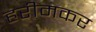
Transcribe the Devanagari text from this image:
हरीमकर